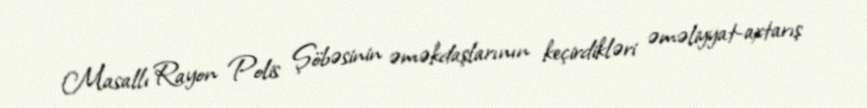
Masallı Rayon Polis Şöbəsinin əməkdaşlarının keçirdikləri əməliyyat-axtarış